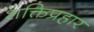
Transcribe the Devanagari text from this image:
शक्तिप्रहार